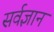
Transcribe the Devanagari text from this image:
सर्वज्ञान